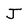
Character: J